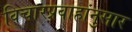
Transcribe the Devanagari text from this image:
विचारप्रवाहांनुसार